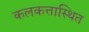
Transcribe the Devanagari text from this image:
कलकत्तास्थित